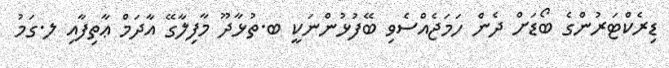
ޑިރެކްޓަރުންގެ ބޯޑަށް ދެން ހަމަޖެއްސެވި ބޭފުޅުންނަކީ ބ.ތުޅާދޫ މާފިލާގޭ އާދަމް ޢާތިފާއި ލ.ގަމު